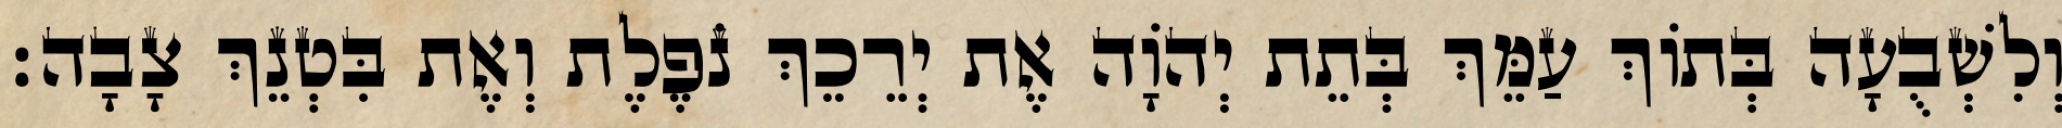
וְלִשְׁבֻעָה בְּתוֹךְ עַמֵּךְ בְּתֵת יְהוָֹה אֶת יְרֵכֵךְ נֹפֶלֶת וְאֶת בִּטְנֵךְ צָבָה׃